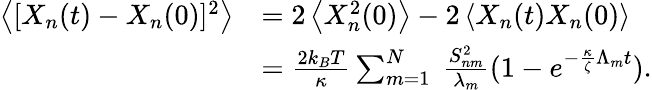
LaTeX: \begin{array}{rl}{\left<[X_{n}(t)-X_{n}(0)]^{2}\right>}&{=2\left<X_{n}^{2}(0)\right>-2\left<X_{n}(t)X_{n}(0)\right>}\\ &{=\frac{2k_{B}T}{\kappa}\sum_{m=1}^{N}\ \frac{S_{nm}^{2}}{\lambda_{m}}(1-e^{-\frac{\kappa}{\zeta}\Lambda_{m}t}).}\end{array}